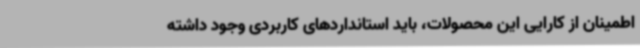
اطمینان از کارایی این محصولات، باید استانداردهای کاربردی وجود داشته